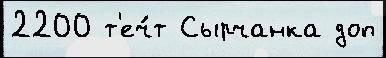
2200 т'еч́т Сырчанка доп